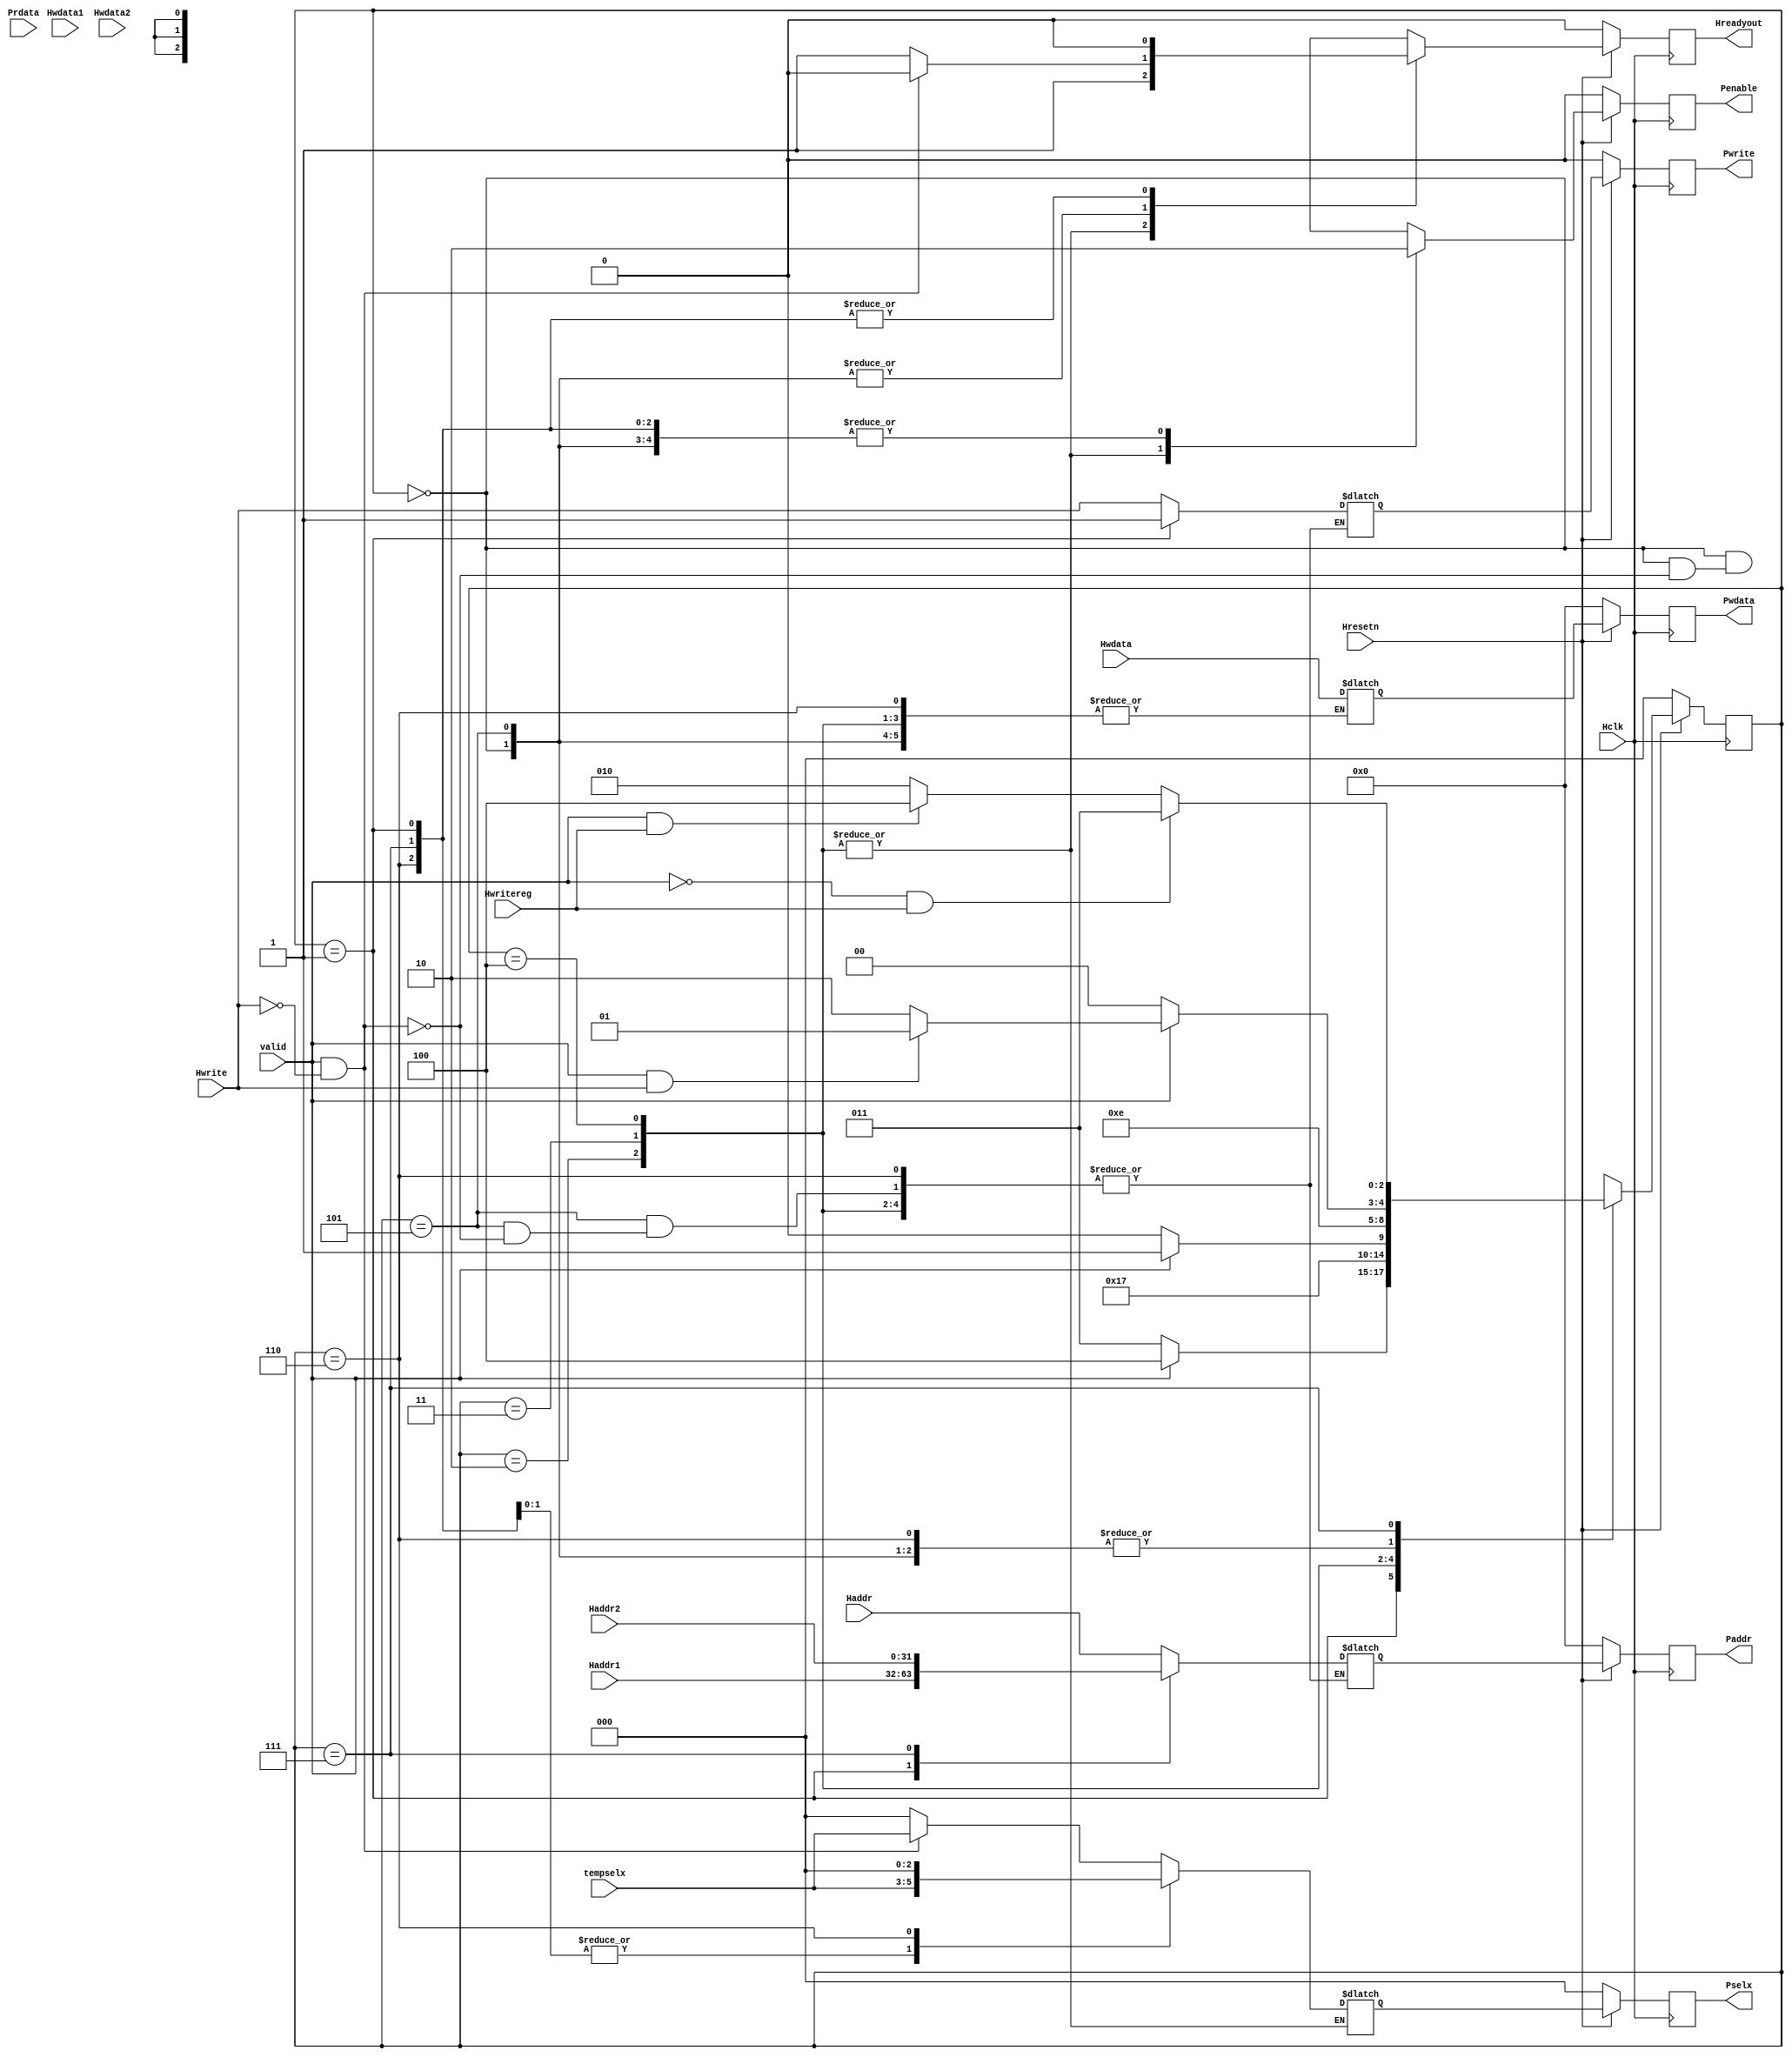
`timescale 1ns / 1ps
//////////////////////////////////////////////////////////////////////////////////
// Company: 
// Engineer: 
// 
// Design Name: 
// Module Name: APB_FSM_Controller
// Project Name: 
// Target Devices: 
// Tool Versions: 
// Description: 
// 
// Dependencies: 
// 
// Revision:
// Revision 0.01 - File Created
// Additional Comments:
// 
//////////////////////////////////////////////////////////////////////////////////


module APB_FSM_Controller( Hclk,Hresetn,valid,Haddr1,Haddr2,Hwdata1,Hwdata2,Prdata,Hwrite,Haddr,Hwdata,Hwritereg,tempselx, 
			   Pwrite,Penable,Pselx,Paddr,Pwdata,Hreadyout);

input Hclk,Hresetn,valid,Hwrite,Hwritereg;
input [31:0] Hwdata,Haddr,Haddr1,Haddr2,Hwdata1,Hwdata2,Prdata;
input [2:0] tempselx;
output reg Pwrite,Penable;
output reg Hreadyout;  
output reg [2:0] Pselx;
output reg [31:0] Paddr,Pwdata;

//////////////////////////////////////////////////////PARAMETERS

parameter ST_IDLE=3'b000;
parameter ST_WWAIT=3'b001;
parameter ST_READ= 3'b010;
parameter ST_WRITE=3'b011;
parameter ST_WRITEP=3'b100;
parameter ST_RENABLE=3'b101;
parameter ST_WENABLE=3'b110;
parameter ST_WENABLEP=3'b111;


//////////////////////////////////////////////////// PRESENT STATE LOGIC

reg [2:0] PRESENT_STATE,NEXT_STATE;

always @(posedge Hclk)
 begin:PRESENT_STATE_LOGIC
  if (~Hresetn)
    PRESENT_STATE<=ST_IDLE;
  else
    PRESENT_STATE<=NEXT_STATE;
 end


/////////////////////////////////////////////////////// NEXT STATE LOGIC

always @(PRESENT_STATE,valid,Hwrite,Hwritereg)
 begin:NEXT_STATE_LOGIC
  case (PRESENT_STATE)
    
 	ST_IDLE:begin
		 if (~valid)
		  NEXT_STATE=ST_IDLE;
		 else if (valid && Hwrite)
		  NEXT_STATE=ST_WWAIT;
		 else 
		  NEXT_STATE=ST_READ;
		end    

	ST_WWAIT:begin
		 if (~valid)
		  NEXT_STATE=ST_WRITE;
		 else
		  NEXT_STATE=ST_WRITEP;
		end

	ST_READ: begin
		   NEXT_STATE=ST_RENABLE;
		 end

	ST_WRITE:begin
		  if (~valid)
		   NEXT_STATE=ST_WENABLE;
		  else
		   NEXT_STATE=ST_WENABLEP;
		 end

	ST_WRITEP:begin
		   NEXT_STATE=ST_WENABLEP;
		  end

	ST_RENABLE:begin
		     if (~valid)
		      NEXT_STATE=ST_IDLE;
		     else if (valid && Hwrite)
		      NEXT_STATE=ST_WWAIT;
		     else
		      NEXT_STATE=ST_READ;
		   end

	ST_WENABLE:begin
		     if (~valid)
		      NEXT_STATE=ST_IDLE;
		     else if (valid && Hwrite)
		      NEXT_STATE=ST_WWAIT;
		     else
		      NEXT_STATE=ST_READ;
		   end

	ST_WENABLEP:begin
		      if (~valid && Hwritereg)
		       NEXT_STATE=ST_WRITE;
		      else if (valid && Hwritereg)
		       NEXT_STATE=ST_WRITEP;
		      else
		       NEXT_STATE=ST_READ;
		    end

	default: begin
		   NEXT_STATE=ST_IDLE;
		  end
  endcase
 end


////////////////////////////////////////////////////////OUTPUT LOGIC:COMBINATIONAL

reg Penable_temp,Hreadyout_temp,Pwrite_temp;
reg [2:0] Pselx_temp;
reg [31:0] Paddr_temp, Pwdata_temp;

always @(*)
 begin:OUTPUT_COMBINATIONAL_LOGIC
   case(PRESENT_STATE)
    
	ST_IDLE: begin
			  if (valid && ~Hwrite) 
			   begin:IDLE_TO_READ
			        Paddr_temp=Haddr;
				Pwrite_temp=Hwrite;
				Pselx_temp=tempselx;
				Penable_temp=0;
				Hreadyout_temp=0;
			   end
			  
			  else if (valid && Hwrite)
			   begin:IDLE_TO_WWAIT
			        Pselx_temp=0;
				Penable_temp=0;
				Hreadyout_temp=1;			   
			   end
			   
			  else
                            begin:IDLE_TO_IDLE
			        Pselx_temp=0;
				Penable_temp=0;
				Hreadyout_temp=1;	
			   end
		     end    

	ST_WWAIT:begin
	          if (~valid) 
			   begin:WAIT_TO_WRITE
			    Paddr_temp=Haddr1;
				Pwrite_temp=1;
				Pselx_temp=tempselx;
				Penable_temp=0;
				Pwdata_temp=Hwdata;
				Hreadyout_temp=0;
			   end
			  
			  else 
			   begin:WAIT_TO_WRITEP
			    Paddr_temp=Haddr1;
				Pwrite_temp=1;
				Pselx_temp=tempselx;
				Pwdata_temp=Hwdata;
				Penable_temp=0;
				Hreadyout_temp=0;		   
			   end
			   
		     end  

	ST_READ: begin:READ_TO_RENABLE
			  Penable_temp=1;
			  Hreadyout_temp=1;
		     end

	ST_WRITE:begin
              if (~valid) 
			   begin:WRITE_TO_WENABLE
				Penable_temp=1;
				Hreadyout_temp=1;
			   end
			  
			  else 
			   begin:WRITE_TO_WENABLEP ///DOUBT
				Penable_temp=1;
				Hreadyout_temp=1;		   
			   end
		     end

	ST_WRITEP:begin:WRITEP_TO_WENABLEP
               Penable_temp=1;
			   Hreadyout_temp=1;
		      end

	ST_RENABLE:begin
	            if (valid && ~Hwrite) 
				 begin:RENABLE_TO_READ
					Paddr_temp=Haddr;
					Pwrite_temp=Hwrite;
					Pselx_temp=tempselx;
					Penable_temp=0;
					Hreadyout_temp=0;
				 end
			  
			  else if (valid && Hwrite)
			    begin:RENABLE_TO_WWAIT
			     Pselx_temp=0;
				 Penable_temp=0;
				 Hreadyout_temp=1;			   
			    end
			   
			  else
                begin:RENABLE_TO_IDLE
			     Pselx_temp=0;
				 Penable_temp=0;
				 Hreadyout_temp=1;	
			    end

		       end

	ST_WENABLEP:begin
                 if (~valid && Hwritereg) 
			      begin:WENABLEP_TO_WRITEP
			       Paddr_temp=Haddr2;
				   Pwrite_temp=Hwrite;
				   Pselx_temp=tempselx;
				   Penable_temp=0;
				   Pwdata_temp=Hwdata;
				   Hreadyout_temp=0;
				  end

			  
			    else 
			     begin:WENABLEP_TO_WRITE_OR_READ /////DOUBT
			      Paddr_temp=Haddr2;
				  Pwrite_temp=Hwrite;
				  Pselx_temp=tempselx;
				  Pwdata_temp=Hwdata;
				  Penable_temp=0;
				  Hreadyout_temp=0;		   
			     end
		        end

	ST_WENABLE :begin
	             if (~valid && Hwritereg) 
			      begin:WENABLE_TO_IDLE
				   Pselx_temp=0;
				   Penable_temp=0;
				   Hreadyout_temp=0;
				  end

			  
			    else 
			     begin:WENABLE_TO_WAIT_OR_READ /////DOUBT
				  Pselx_temp=0;
				  Penable_temp=0;
				  Hreadyout_temp=0;		   
			     end

		        end

 endcase
end


////////////////////////////////////////////////////////OUTPUT LOGIC:SEQUENTIAL

always @(posedge Hclk)
 begin
  
  if (~Hresetn)
   begin
    Paddr<=0;
	Pwrite<=0;
	Pselx<=0;
	Pwdata<=0;
	Penable<=0;
	Hreadyout<=0;
   end
  
  else
   begin
        Paddr<=Paddr_temp;
	Pwrite<=Pwrite_temp;
	Pselx<=Pselx_temp;
	Pwdata<=Pwdata_temp;
	Penable<=Penable_temp;
	Hreadyout<=Hreadyout_temp;
   end
 end

endmodule